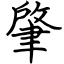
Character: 肇